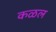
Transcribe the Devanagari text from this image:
कळल